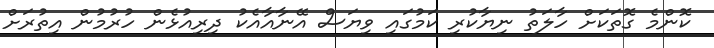
ކޮންމެ ގޮތަކަށް ހާލަތު ނިޔާކުރި ކަމުގައި ވިޔަސް އޭނާއާއެކު ދިރިއުޅެން ހުރުމުން އިތުރަށް